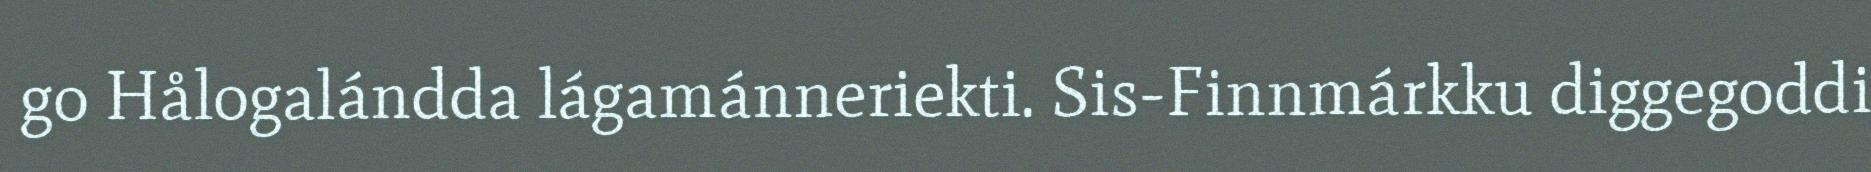
go Hålogalándda lágamánneriekti. Sis-Finnmárkku diggegoddi